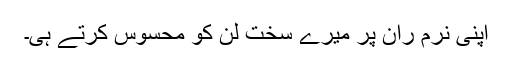
اپنی نرم ران پر میرے سخت لن کو محسوس کرتے ہی۔